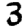
Digit: 3